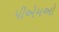
પીએમઓ